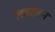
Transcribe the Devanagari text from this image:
लहराबन